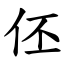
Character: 伾